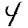
Digit: 4